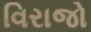
વિરાજો